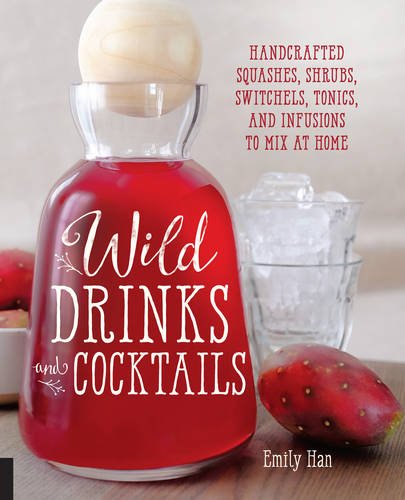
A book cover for Wild Drinks & Cocktails: Handcrafted Squashes, Shrubs, Switchels, Tonics, and Infusions to Mix at Home; Emily Han; Cookbooks, Food & Wine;